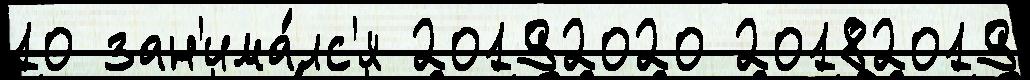
10 зан'има́лс'я 20192020 20182019